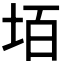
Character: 𡋦